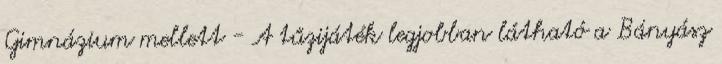
Gimnázium mellett - A tűzijáték legjobban látható a Bányász